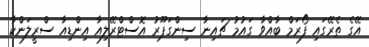
އޭގެ ތެރޭގައި ފޯރަމް ބާއްވާ ގައުމު ޗައިނާ ސިންގަޕޫރު އޮސްޓްރޭލިއާ އިންޑިއާ ސްރީލަންކާ